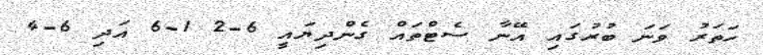
ހަތަރު ވަނަ ބުރުގައި އޭނާ ސެޓްތައް ގެންދިޔައީ 6-2 1-6 އަދި 6-4